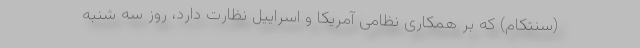
(سنتکام) که بر همکاری نظامی آمریکا و اسراییل نظارت دارد، روز سه شنبه